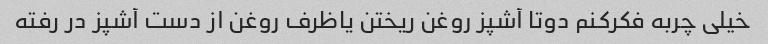
خیلی چربه فکرکنم دوتا آشپز روغن ریختن یاظرف روغن از دست آشپز در رفته